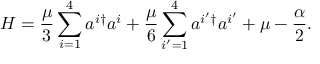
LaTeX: H = \frac { \mu } 3 \sum _ { i = 1 } ^ { 4 } a ^ { i \dagger } a ^ { i } + \frac { \mu } 6 \sum _ { i ^ { \prime } = 1 } ^ { 4 } a ^ { i ^ { \prime } \dagger } a ^ { i ^ { \prime } } + \mu - \frac { \alpha } { 2 } .